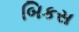
બિકસ